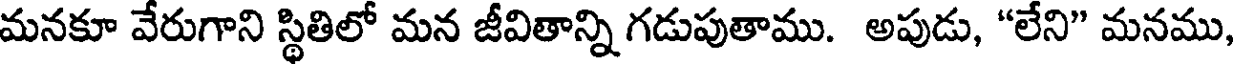
మనకూ వేరుగాని స్థితిలో మన జీవితాన్ని గడుపుతాము. అపుడు, "లేని" మనము,